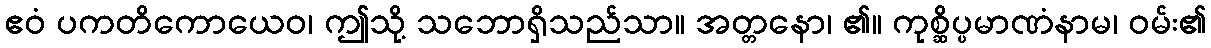
ဧဝံ ပကတိကောယေဝ၊ ဤသို့ သဘောရှိသည်သာ။ အတ္တနော၊ ၏။ ကုစ္ဆိပ္ပမာဏံနာမ၊ ဝမ်း၏